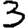
Digit: 3